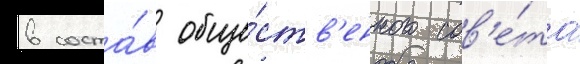
в соста́в обще́ств'енного сов'е́та